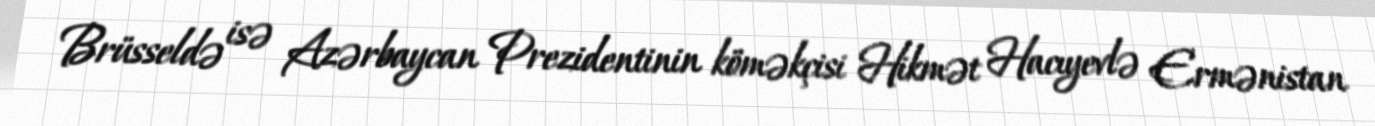
Brüsseldə isə Azərbaycan Prezidentinin köməkçisi Hikmət Hacıyevlə Ermənistan